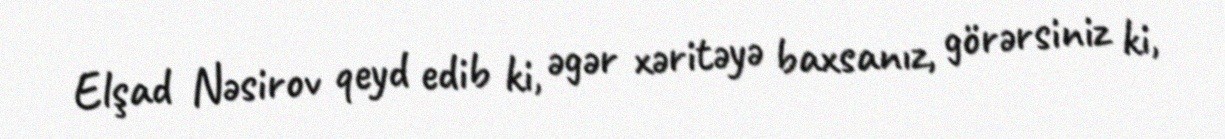
Elşad Nəsirov qeyd edib ki, əgər xəritəyə baxsanız, görərsiniz ki,